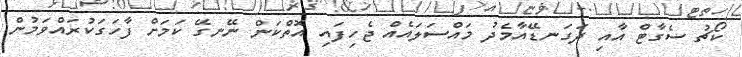
ކޯޗު ސެގާޓް އާއި ދަގަނޑޭއާމެދު މައްސަލައެއް ޖެހިފައި އޮތްކަން ނޭނގޭ ކަމަށް ފާހަގަކުރައްވަމުން